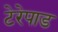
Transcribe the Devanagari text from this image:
टेरेपाड